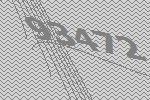
93472